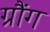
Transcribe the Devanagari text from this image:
ग्रौंग